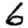
Digit: 6